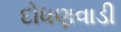
દોધણવાડી